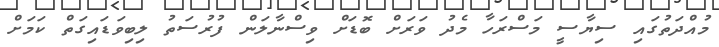
މުއްދަތުގައި ސިޔާސީ މަސްރަހާ މެދު ވަރަށް ބޮޑަށް ވިސްނާލަން ފުރުސަތު ލިބިވަޑައިގަތް ކަމަށް